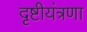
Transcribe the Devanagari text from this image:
दृष्टीयंत्रणा